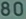
Transcribe_the_text_in_the_image.